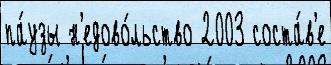
па́узы н'едово́льство 2003 соста́в'е